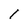
Character: 1